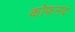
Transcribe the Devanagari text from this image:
कोफनद